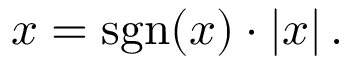
x = \operatorname { s g n } ( x ) \cdot | x | \, .